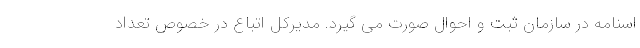
اسنامه در سازمان ثبت و احوال صورت می گیرد. مدیرکل اتباع در خصوص تعداد